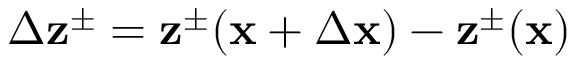
\Delta \mathbf { z } ^ { \pm } = \mathbf { z } ^ { \pm } ( \mathbf { x } + \Delta \mathbf { x } ) - \mathbf { z } ^ { \pm } ( \mathbf { x } )